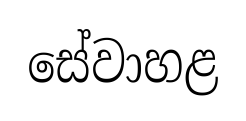
සේවාහළ